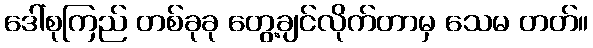
ဒေါ်စုကြည် တစ်ခုခု တွေ့ချင်လိုက်တာမှ သေမ တတ်။